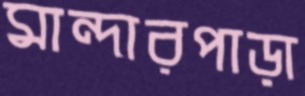
মান্দারপাড়া